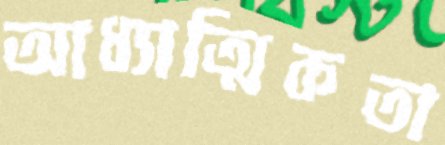
আধ্যাত্মিকতা